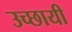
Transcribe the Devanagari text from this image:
उच्छायी